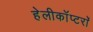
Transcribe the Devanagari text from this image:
हेलीकाॅप्टरांे